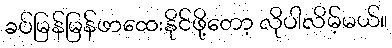
ခပ်မြန်မြန်ဖာထေးနိုင်ဖို့တော့ လိုပါလိမ့်မယ်။